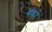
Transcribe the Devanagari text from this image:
बंको